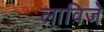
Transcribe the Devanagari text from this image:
लाविजे